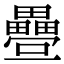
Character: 𭻸